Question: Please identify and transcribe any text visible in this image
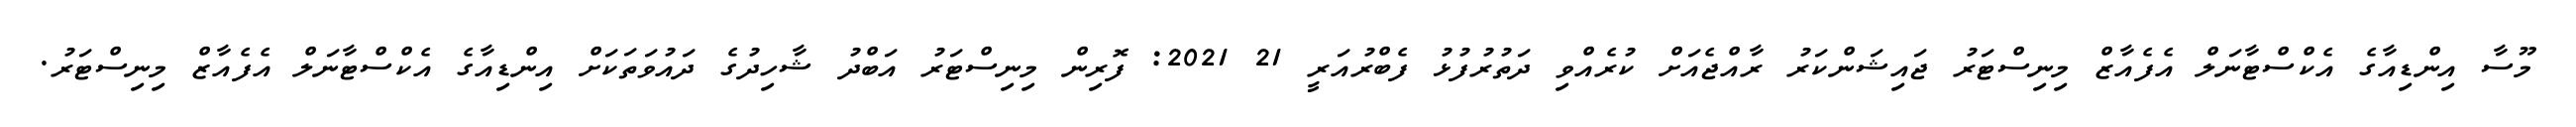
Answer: މޫސާ އިންޑިއާގެ އެކްސްޓާނަލް އެފެއާޒް މިނިސްޓަރު ޖައިޝަންކަރު ރާއްޖެއަށް ކުރެއްވި ދަތުރުފުޅު ފެބްރުއަރީ 21 2021: ފޮރިން މިނިސްޓަރު އަބްދު ޝާހިދުގެ ދައުވަތަކަށް އިންޑިއާގެ އެކްސްޓާނަލް އެފެއާޒް މިނިސްޓަރު.